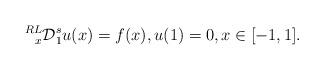
LaTeX: \begin{align*}\prescript{RL}{x}{\mathcal{D}}_{1}^{s}u(x)=f(x),u{(1)}=0, x\in[-1,1].\end{align*}